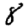
Digit: 8